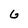
Character: G